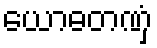
ယောဓတဏှံ